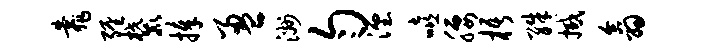
靠缠麓捧盈洲匀湮嘻腰梧殊撼翕